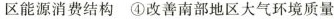
区能源消费结构④改善南部地区大气环境质量